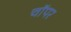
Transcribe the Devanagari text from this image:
चाॅपर